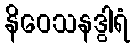
နိဝေသနဒွါရံ